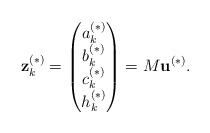
\begin{align*}\mathbf{z}_k^{(*)} =\begin{pmatrix}a_k^{(*)} \\ b_k^{(*)} \\ c_k^{(*)} \\ h_k^{(*)} \\\end{pmatrix} =M \mathbf{u}^{(*)}.\end{align*}